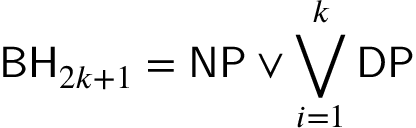
{ \mathsf { B H } } _ { 2 k + 1 } = { \mathsf { N P } } \vee \bigvee _ { i = 1 } ^ { k } { \mathsf { D P } }